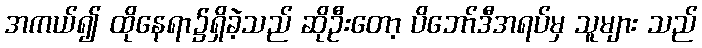
အကယ်၍ ထိုနေရာ၌ရှိခဲ့သည် ဆိုဦးတော့ ပိဘော်ဒီအရပ်မှ သူများ သည်